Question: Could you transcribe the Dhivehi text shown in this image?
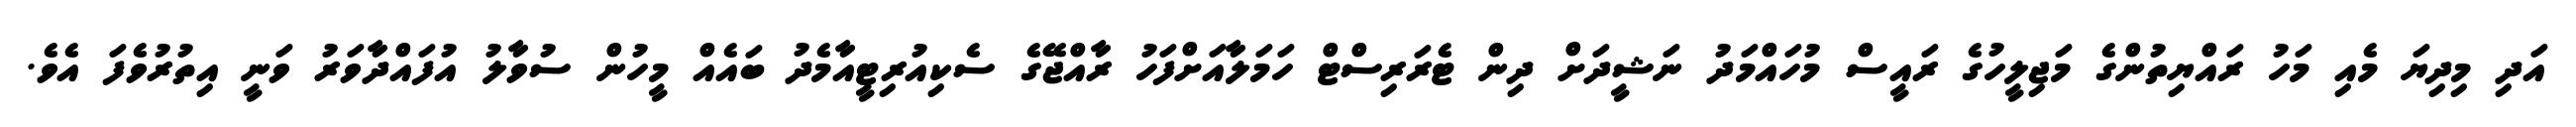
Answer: އަދި މިދިޔަ މެއި މަހު ރައްޔިތުންގެ މަޖިލީހުގެ ރައީސް މުހައްމަދު ނަޝީދަށް ދިން ޓެރަރިސްޓް ހަމަލާއަށްފަހު ރާއްޖޭގެ ސެކިއުރިޓީއާމެދު ބައެއް މީހުން ސުވާލު އުފައްދާވަރު ވަނީ އިތުރުވެފަ އެވެ.